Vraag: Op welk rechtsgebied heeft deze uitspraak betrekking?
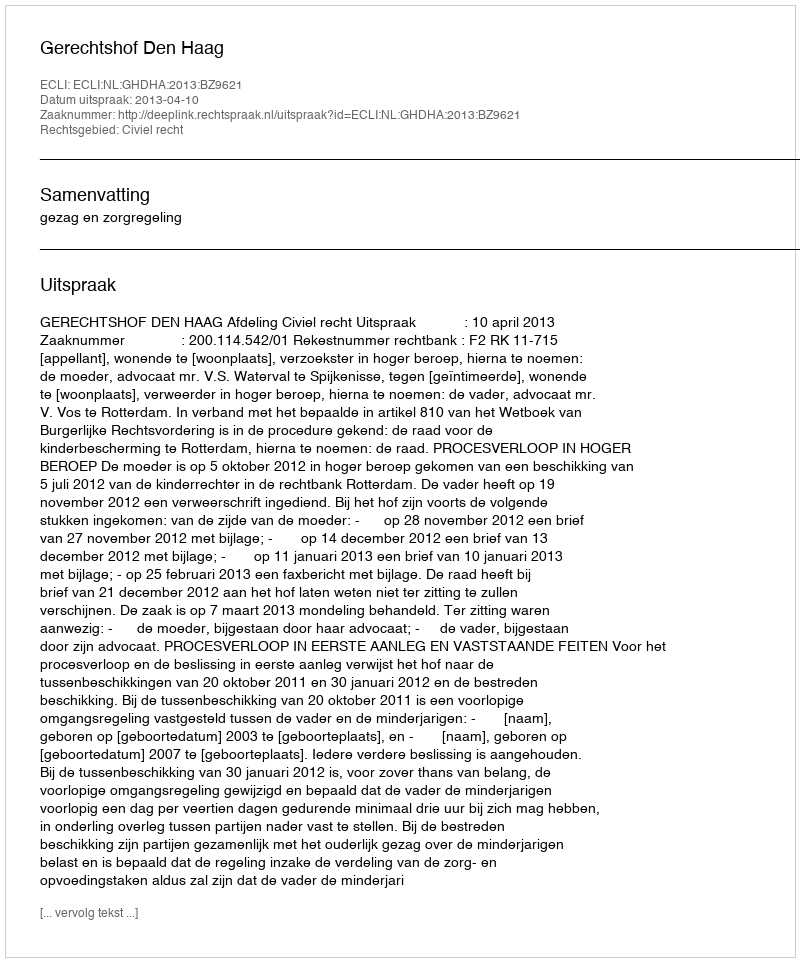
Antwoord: Civiel recht